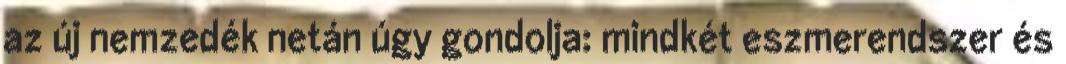
az új nemzedék netán úgy gondolja: mindkét eszmerendszer és